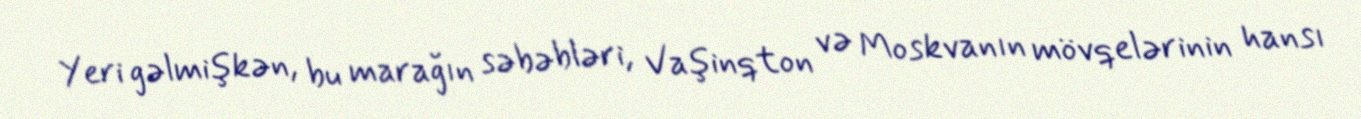
Yeri gəlmişkən, bu marağın səbəbləri, Vaşinqton və Moskvanın mövqelərinin hansı